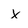
Character: x